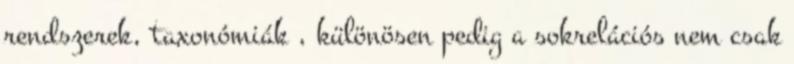
rendszerek, taxonómiák , különösen pedig a sokrelációs nem csak